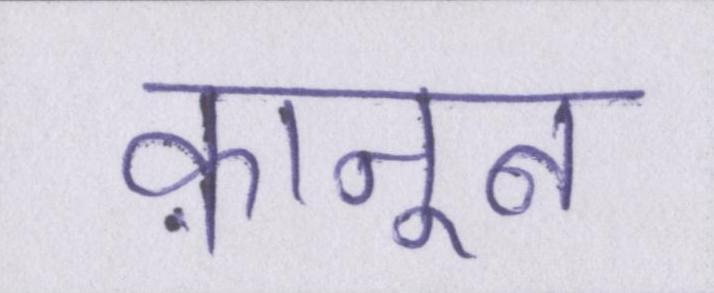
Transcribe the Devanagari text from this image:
क़ानून